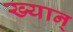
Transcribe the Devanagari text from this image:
ख्यान्